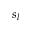
s _ { l }